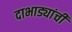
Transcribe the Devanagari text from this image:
दाभाड्यांची